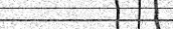
٦٢